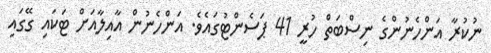
ނުކުރާ އަންހެނުންގެ ނިސްބަތް ހުރީ 41 ޕަސެންޓުގައެވެ. އަންހެނުން އާއިލާއަށް ޓަކައި ގޭގައި